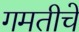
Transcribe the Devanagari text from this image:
गमतीचे